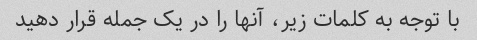
با توجه به کلمات زیر، آنها را در یک جمله قرار دهید